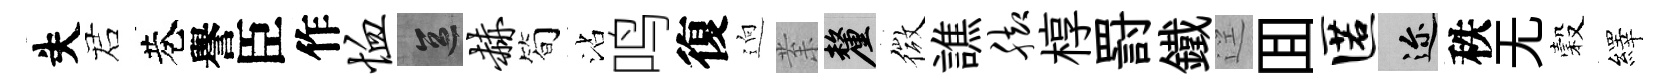
失诺巷譽臣作恤區赫简沾鸣復逈𭪙厘微譙脚椁罸鐵逕囬匿邇秩无穀繹